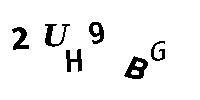
2UH9BG